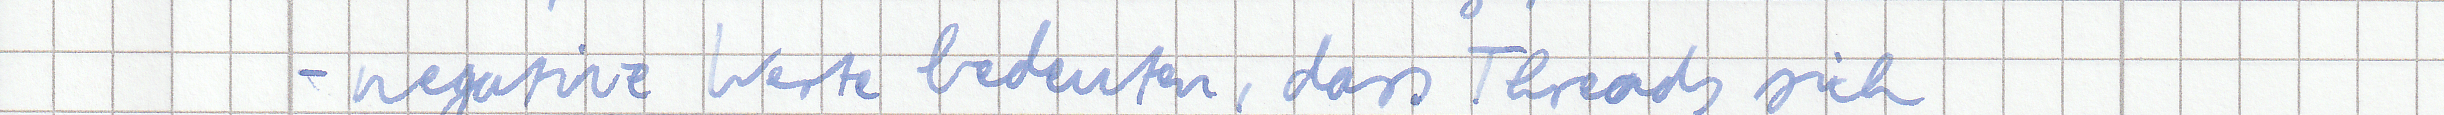
- negative Werte bedeuten, dass Threads sich